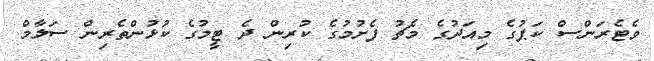
ވެޓެރަންސް ކަޕުގެ މިއަދުގެ މެޗު ފެށުމުގެ ކުރިން ދެ ޓީމުގެ ކުޅުންތެރިން ސަލާމް